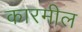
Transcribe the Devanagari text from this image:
कारमील